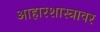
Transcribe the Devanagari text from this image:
आहारशास्त्रावर